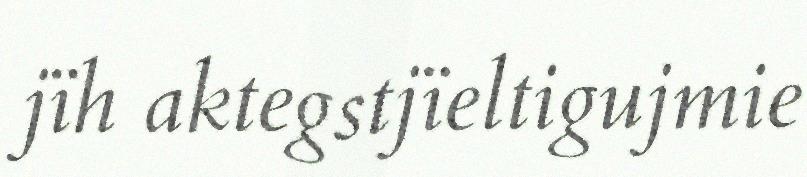
jïh aktegstjïeltigujmie